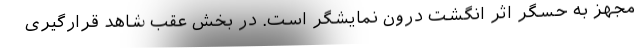
مجهز به حسگر اثر انگشت درون نمایشگر است. در بخش عقب شاهد قرارگیری